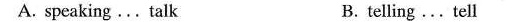
A. speaking... Talk B.telling..Tell